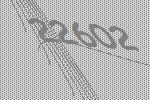
22602